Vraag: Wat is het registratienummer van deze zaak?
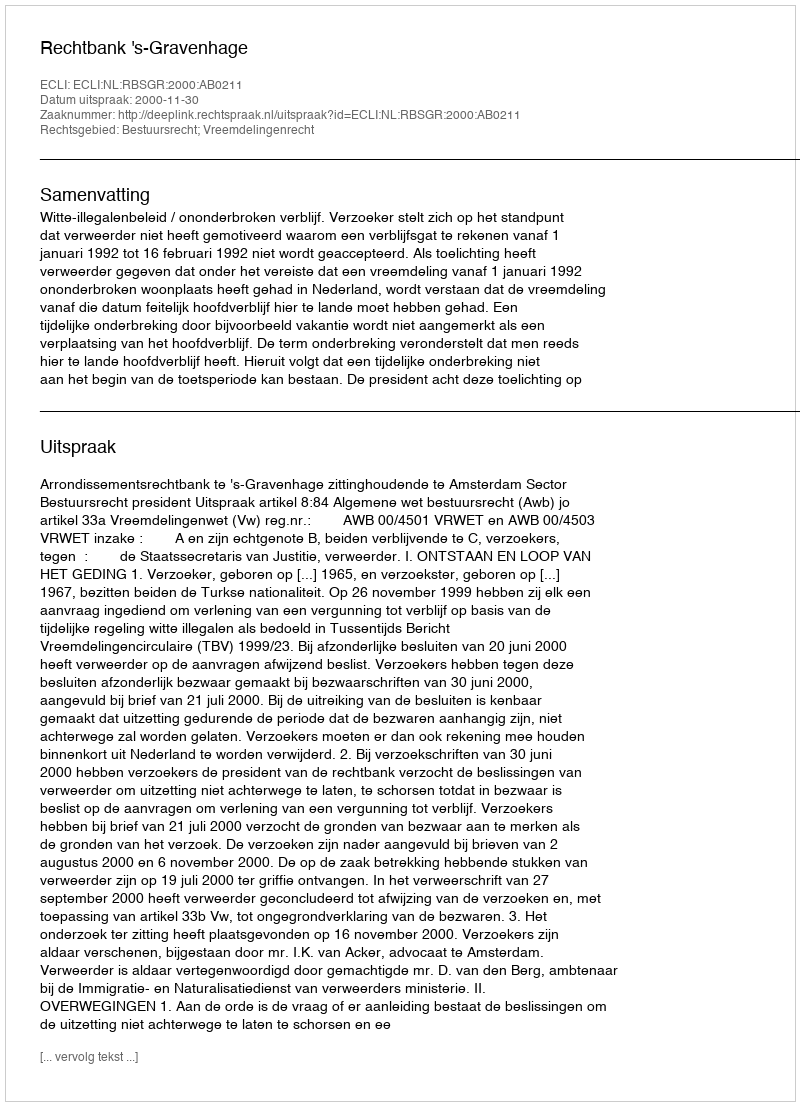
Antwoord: http://deeplink.rechtspraak.nl/uitspraak?id=ECLI:NL:RBSGR:2000:AB0211